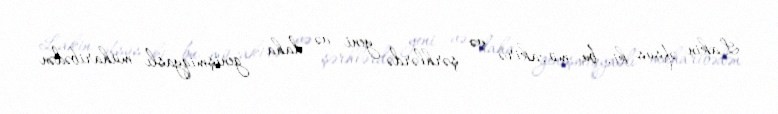
Lakin əfsus ki, bu müzakirə və şərhlərdə yeni və daha genişmiqyaslı müharibədən